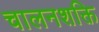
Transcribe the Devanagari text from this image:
चालनशक्ति